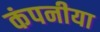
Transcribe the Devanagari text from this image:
कंपनीया